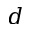
d